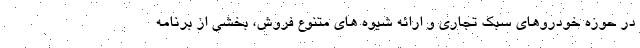
در حوزه خودروهای سبک تجاری و ارائه شیوه های متنوع فروش، بخشی از برنامه